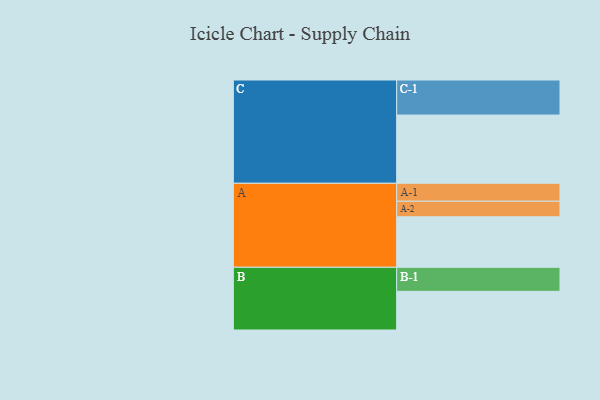
{"axis": {"x": "Segment", "y": "Value"}, "legend": ["", "A", "B", "C"], "data": [{"x": "A", "y": 422, "type": ""}, {"x": "B", "y": 323, "type": ""}, {"x": "C", "y": 570, "type": ""}, {"x": "A-1", "y": 150, "type": "A"}, {"x": "A-2", "y": 130, "type": "A"}, {"x": "B-1", "y": 201, "type": "B"}, {"x": "C-1", "y": 293, "type": "C"}]}